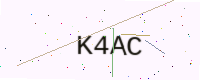
Text: K4AC